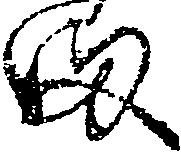
ま